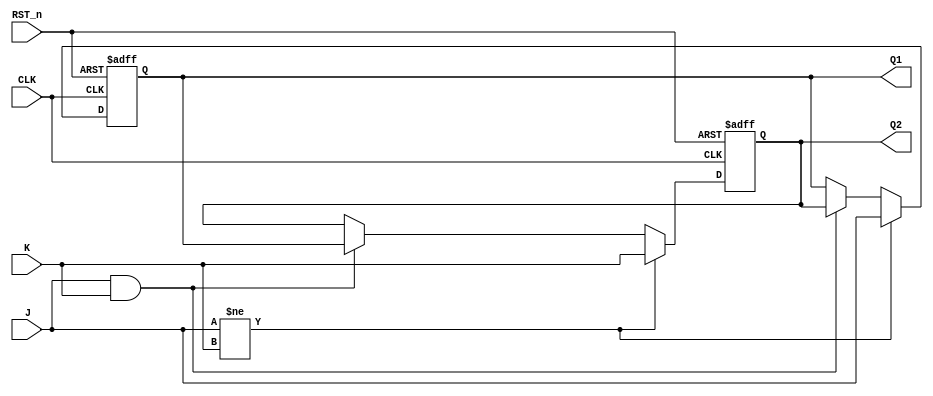
`timescale 1ns / 1ps
//////////////////////////////////////////////////////////////////////////////////
// Company: 
// Engineer: 
// 
// Design Name: 
// Module Name: JK_FF
// Project Name: 
// Target Devices: 
// Tool Versions: 
// Description: 
// 
// Dependencies: 
// 
// Revision:
// Revision 0.01 - File Created
// Additional Comments:
// 
//////////////////////////////////////////////////////////////////////////////////


module JK_FF(
    input CLK, //
    input J, //J
    input K, //K
    input RST_n, //
    output reg Q1, //Q
    output reg Q2 // ?
    );
    always @(posedge CLK or negedge RST_n)
    begin
        if(RST_n==0)
        begin
            Q1<=0;
            Q2<=1;
        end
        else
        begin
        if(J!=K)
        begin
            Q1<=J;
            Q2<=K;
        end
        else if(J==1&&K==1)
        begin
            Q1<=Q2;
            Q2<=Q1;
        end
        end
    end
endmodule